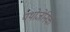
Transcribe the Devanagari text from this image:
पथोजेनिक